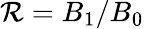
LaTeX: \mathcal{R}=B_{1}/B_{0}